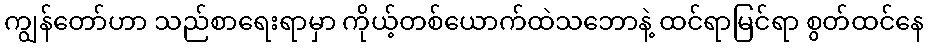
ကျွန်တော်ဟာ သည်စာရေးရာမှာ ကိုယ့်တစ်ယောက်ထဲသဘောနဲ့ ထင်ရာမြင်ရာ စွတ်ထင်နေ